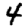
Digit: 4